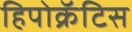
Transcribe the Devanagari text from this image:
हिपोक्रॅटिस